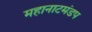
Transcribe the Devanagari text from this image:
महानाटमंडप